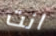
انت